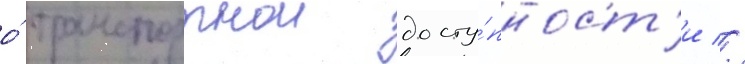
о́ транспортнои досту́пност'и //